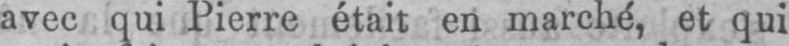
avec qui Pierre était en marché, et qui